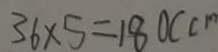
3 6 \times 5 = 1 8 0 ( c m